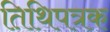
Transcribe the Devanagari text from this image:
तिथिपत्रक